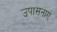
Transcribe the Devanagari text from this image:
उपासनाएं